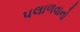
પલાળવાનો